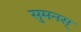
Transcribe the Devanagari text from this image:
सुमनस्